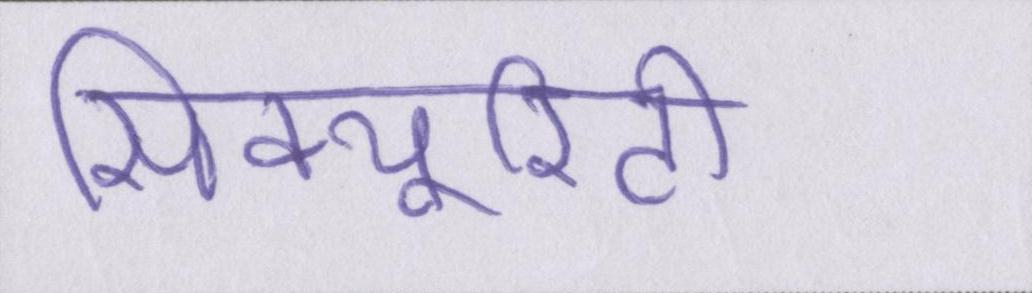
सिक्यूरिटी